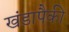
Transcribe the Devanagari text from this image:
खंडापैकी